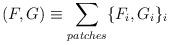
LaTeX: \begin{align*}(F,G) \equiv \sum_{patches} \{F_i,G_i\}_i\end{align*}